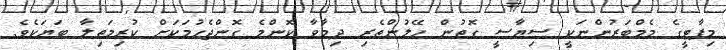
މިޕާޓީގެ މެމްބަރުންނަކީ ސިޔާސީ ގޮތުން ހޭލުންތެރި ދިމާވާ ކޮންމެ ގޮންޖެހުމަކަށް ކުރިމަތިލާ ބަޔަކެވެ.